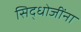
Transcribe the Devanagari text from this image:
सिद्धोजींना